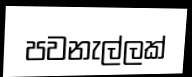
පවනැල්ලක්